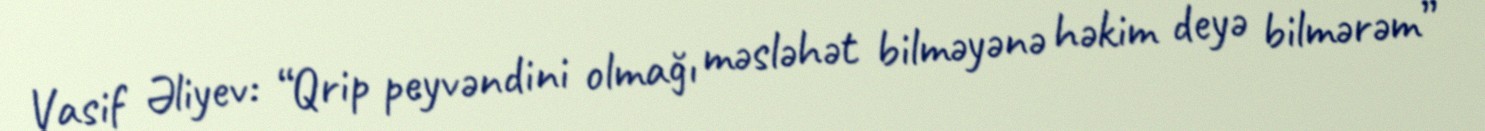
Vasif Əliyev: “Qrip peyvəndini olmağı məsləhət bilməyənə həkim deyə bilmərəm”